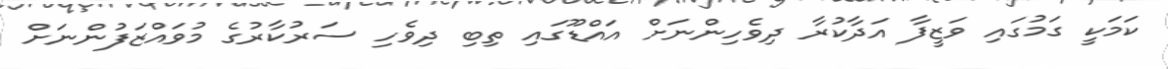
ކަމަކީ ގަމުގައި ވަޒީފާ އަދާކުރާ ދިވެހިންނަށް އައްޑޫގައި ތިބި ދިވެހި ސަރުކާރުގެ މުވައްޒަފުންނަށް